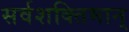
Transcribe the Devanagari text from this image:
सर्वशक्‍तिमान्